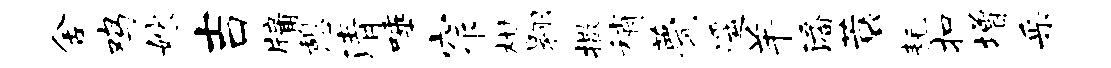
舍鸡嫁吉牖憩清唾窄柑翱撒稍甍遥羊潘蓑耗扣增采